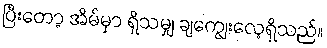
ပြီးတော့ အိမ်မှာ ရှိသမျှ ချကျွေးလေ့ရှိသည်။